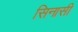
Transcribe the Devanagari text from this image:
सिनासी